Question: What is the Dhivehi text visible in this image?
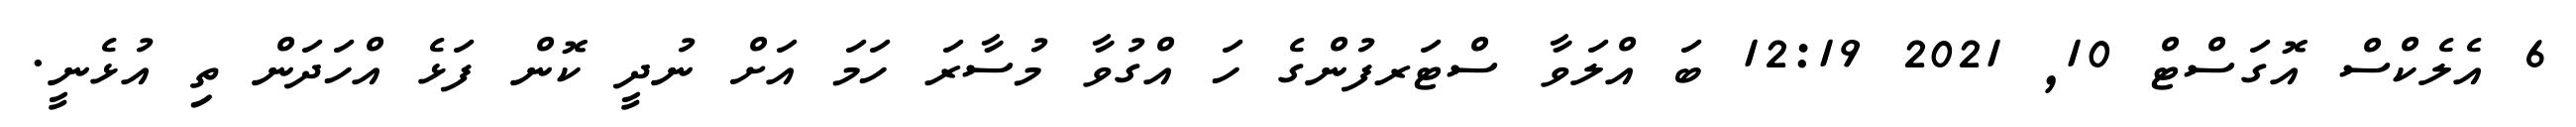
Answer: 6 އެލެކްސް އޮގަސްޓް 10, 2021 12:19 ބަ އްލަވާ ސްޓަރފުންގެ ހަ އްގުވާ މުސާރަ ހަމަ އަށް ނުދީ ކޮން ފަޅެ އްހަދަން ތި އުޅެނީ.